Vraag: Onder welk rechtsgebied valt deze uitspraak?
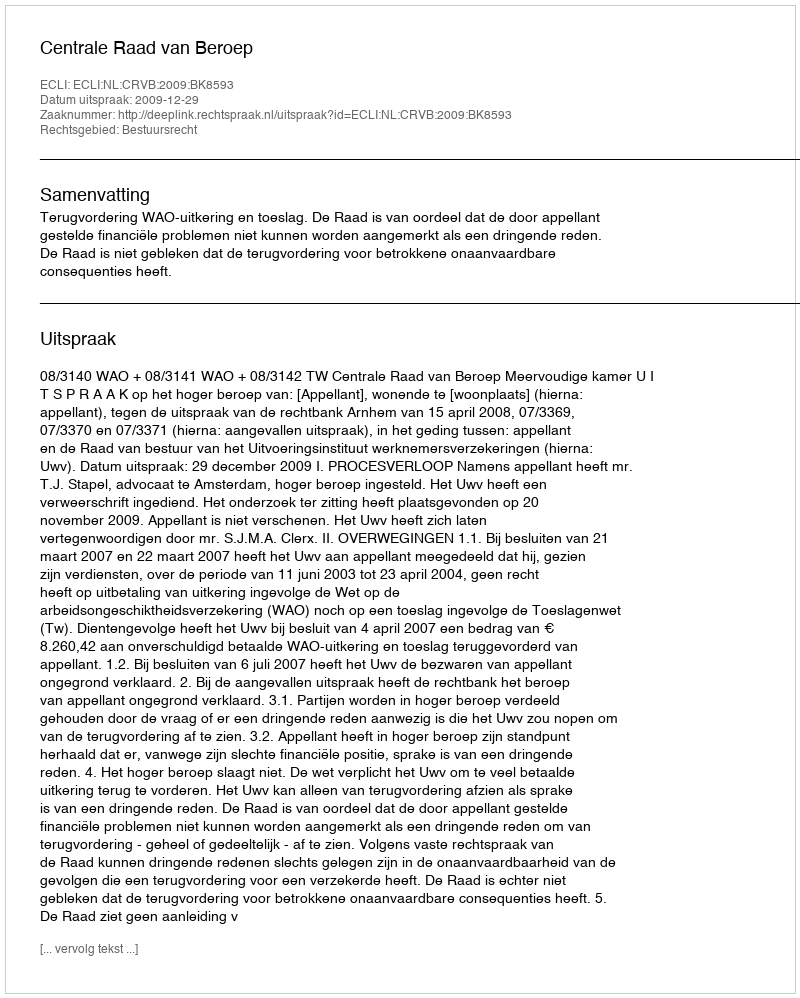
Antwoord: Bestuursrecht